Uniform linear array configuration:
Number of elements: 32
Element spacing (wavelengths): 0.25
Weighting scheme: hamming
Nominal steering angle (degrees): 60
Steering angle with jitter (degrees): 58.869
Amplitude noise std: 0.05
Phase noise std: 0.05

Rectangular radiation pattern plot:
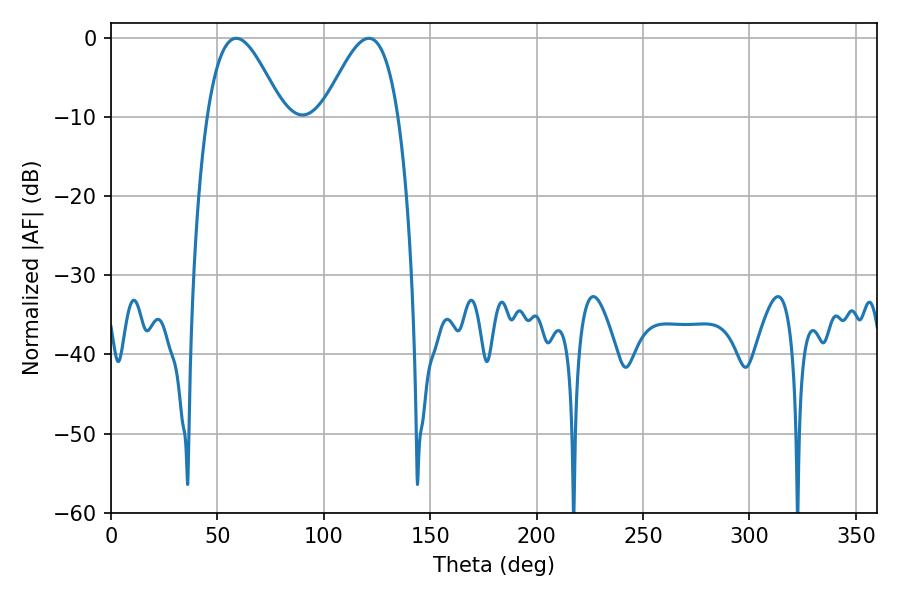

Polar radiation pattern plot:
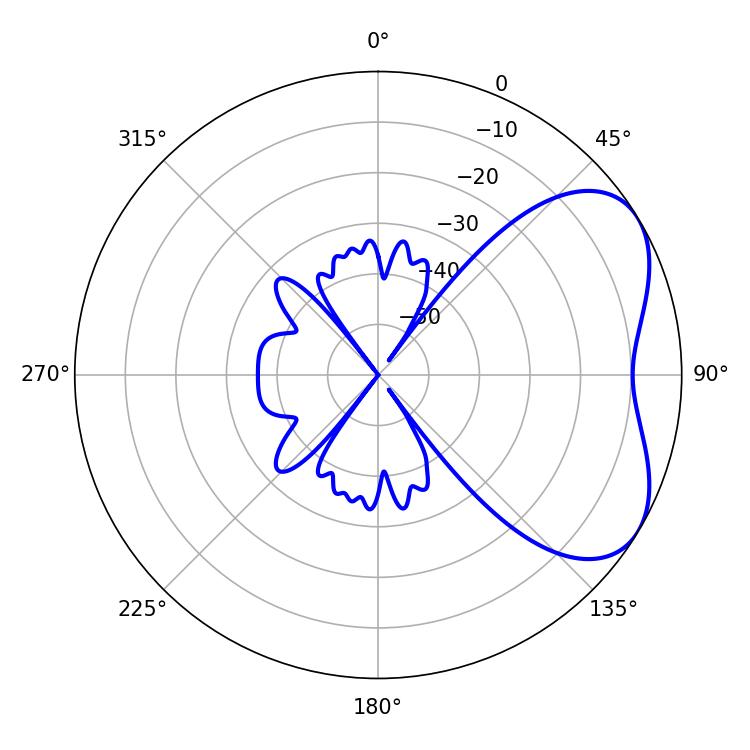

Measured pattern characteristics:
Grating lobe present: FALSE
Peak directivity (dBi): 4.825
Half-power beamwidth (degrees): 19.08
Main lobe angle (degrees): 58.86